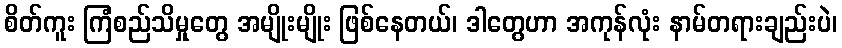
စိတ်ကူး ကြံစည်သိမှုတွေ အမျိုးမျိုး ဖြစ်နေတယ်၊ ဒါတွေဟာ အကုန်လုံး နာမ်တရားချည်းပဲ၊